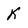
Character: K